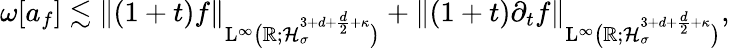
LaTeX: \begin{array}{r}{\omega[a_{f}]\lesssim\Vert(1+t)f\Vert_{\mathrm{L}^{\infty}\big(\mathbb R;\mathcal{H}_{\sigma}^{3+d+\frac{d}{2}+\kappa}\big)}+\Vert(1+t)\partial_{t}f\Vert_{\mathrm{L}^{\infty}\big(\mathbb R;\mathcal{H}_{\sigma}^{3+d+\frac{d}{2}+\kappa}\big)},}\end{array}